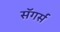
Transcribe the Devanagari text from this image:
सॅगर्स